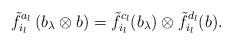
LaTeX: \begin{align*}\tilde{f}_{i_l}^{a_l} \left( b_\lambda \otimes b \right) = \tilde{f}_{i_l}^{c_l} (b_\lambda) \otimes \tilde{f}_{i_l}^{d_l} (b).\end{align*}